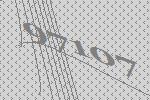
97107